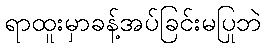
ရာထူးမှာခန့်အပ်ခြင်းမပြုဘဲ